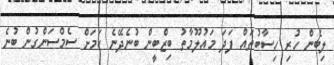
ލިބެން ހުރި ހިސާބުތައް ފަދަ މައުލޫމާތު ބިޒްބީން ބުނެދޭނެ ކަމަށް ސެމްސަންގުން ބުނެ